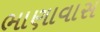
ભાણાવાસ